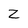
Character: Z